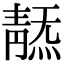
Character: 𩇞